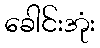
ခေါင်းအုံး